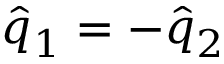
\hat { q } _ { 1 } = - \hat { q } _ { 2 }